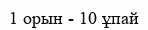
1 орын - 10 ұпай